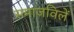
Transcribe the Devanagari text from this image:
समाजविलें